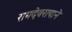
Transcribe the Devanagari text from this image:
रामदेवरायाने